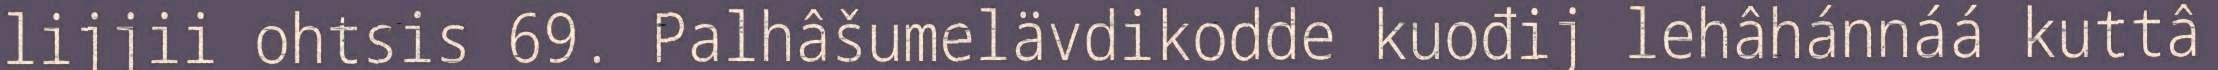
lijjii ohtsis 69. Palhâšumelävdikodde kuođij lehâhánnáá kuttâ